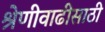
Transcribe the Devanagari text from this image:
श्रेणीवाढीसाठी